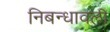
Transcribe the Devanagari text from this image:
निबन्‍धावली